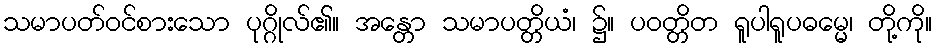
သမာပတ်ဝင်စားသော ပုဂ္ဂိုလ်၏။ အန္တော သမာပတ္တိယံ၊ ၌။ ပဝတ္တိတ ရူပါရူပဓမ္မေ၊ တို့ကို။